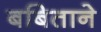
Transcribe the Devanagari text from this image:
बबिताने